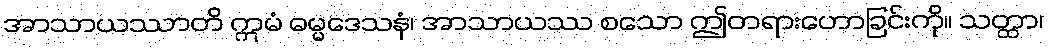
အာသာယဿာတိ ဣမံ ဓမ္မဒေသနံ၊ အာသာယဿ စသော ဤတရားဟောခြင်းကို။ သတ္ထာ၊